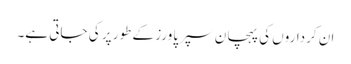
ان کرداروں کی پہچان سپر پاورز کے طور پر کی جاتی ہے۔